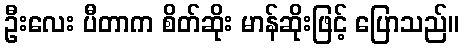
ဦးလေး ပီတာက စိတ်ဆိုး မာန်ဆိုးဖြင့် ပြောသည်။